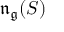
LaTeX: { \mathfrak { n } } _ { \mathfrak { g } } ( S )